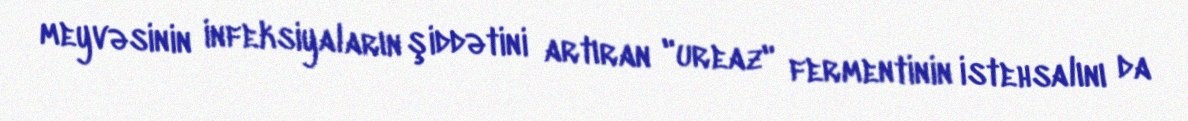
meyvəsinin infeksiyaların şiddətini artıran "ureaz" fermentinin istehsalını da